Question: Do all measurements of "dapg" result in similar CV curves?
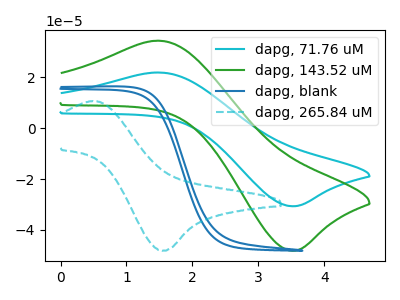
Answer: <think>The cyan curve "dapg, 71.76 uM" has an anodic peak at (1.50V, 21.90uA) and a cathodic peak at (3.50V, -30.65uA). The green curve "dapg, 143.52 uM" has an anodic peak at (1.50V, 34.40uA) and a cathodic peak at (3.50V, -48.15uA). The blue curve "dapg, blank" has no peaks. The cyan dashed curve "dapg, 265.84 uM" has an anodic peak at (0.50V, 10.65uA) and a cathodic peak at (1.55V, -48.15uA).
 All the peaks in "dapg, 71.76 uM" have a peak in "dapg, 143.52 uM" at the same potential. Every peak in "dapg, 71.76 uM" is lower than every peak in "dapg, 143.52 uM". "dapg, 71.76 uM" and "dapg, blank" have a different number of peaks. "dapg, 71.76 uM" and "dapg, 265.84 uM" have at least one peak that do not match. "dapg, 143.52 uM" and "dapg, blank" have a different number of peaks. "dapg, 143.52 uM" and "dapg, 265.84 uM" have at least one peak that do not match. "dapg, blank" and "dapg, 265.84 uM" have a different number of peaks.</think>
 <answer>All the CV's of "dapg" have similar shape.</answer>
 <eval>follow_rule</eval>